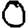
Digit: 0